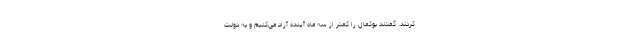
کردند. گفتند بوکمال را کمتر از سه ماه آینده آزاد می‌کنیم و به دولت